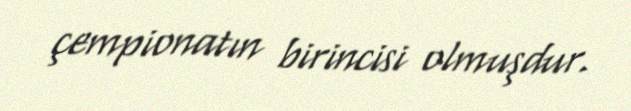
çempionatın birincisi olmuşdur.